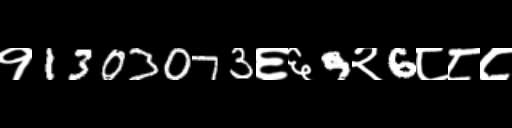
Text: १1303073६६9२6८८८